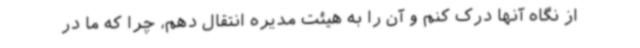
از نگاه آنها درک کنم و آن را به هیئت مدیره انتقال دهم، چرا که ما در